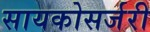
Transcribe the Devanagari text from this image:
सायकोसर्जरी